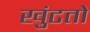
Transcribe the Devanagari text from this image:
खुंटतो